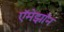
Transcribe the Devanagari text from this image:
ऍमेझॉन